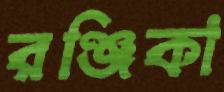
রঞ্জিকা